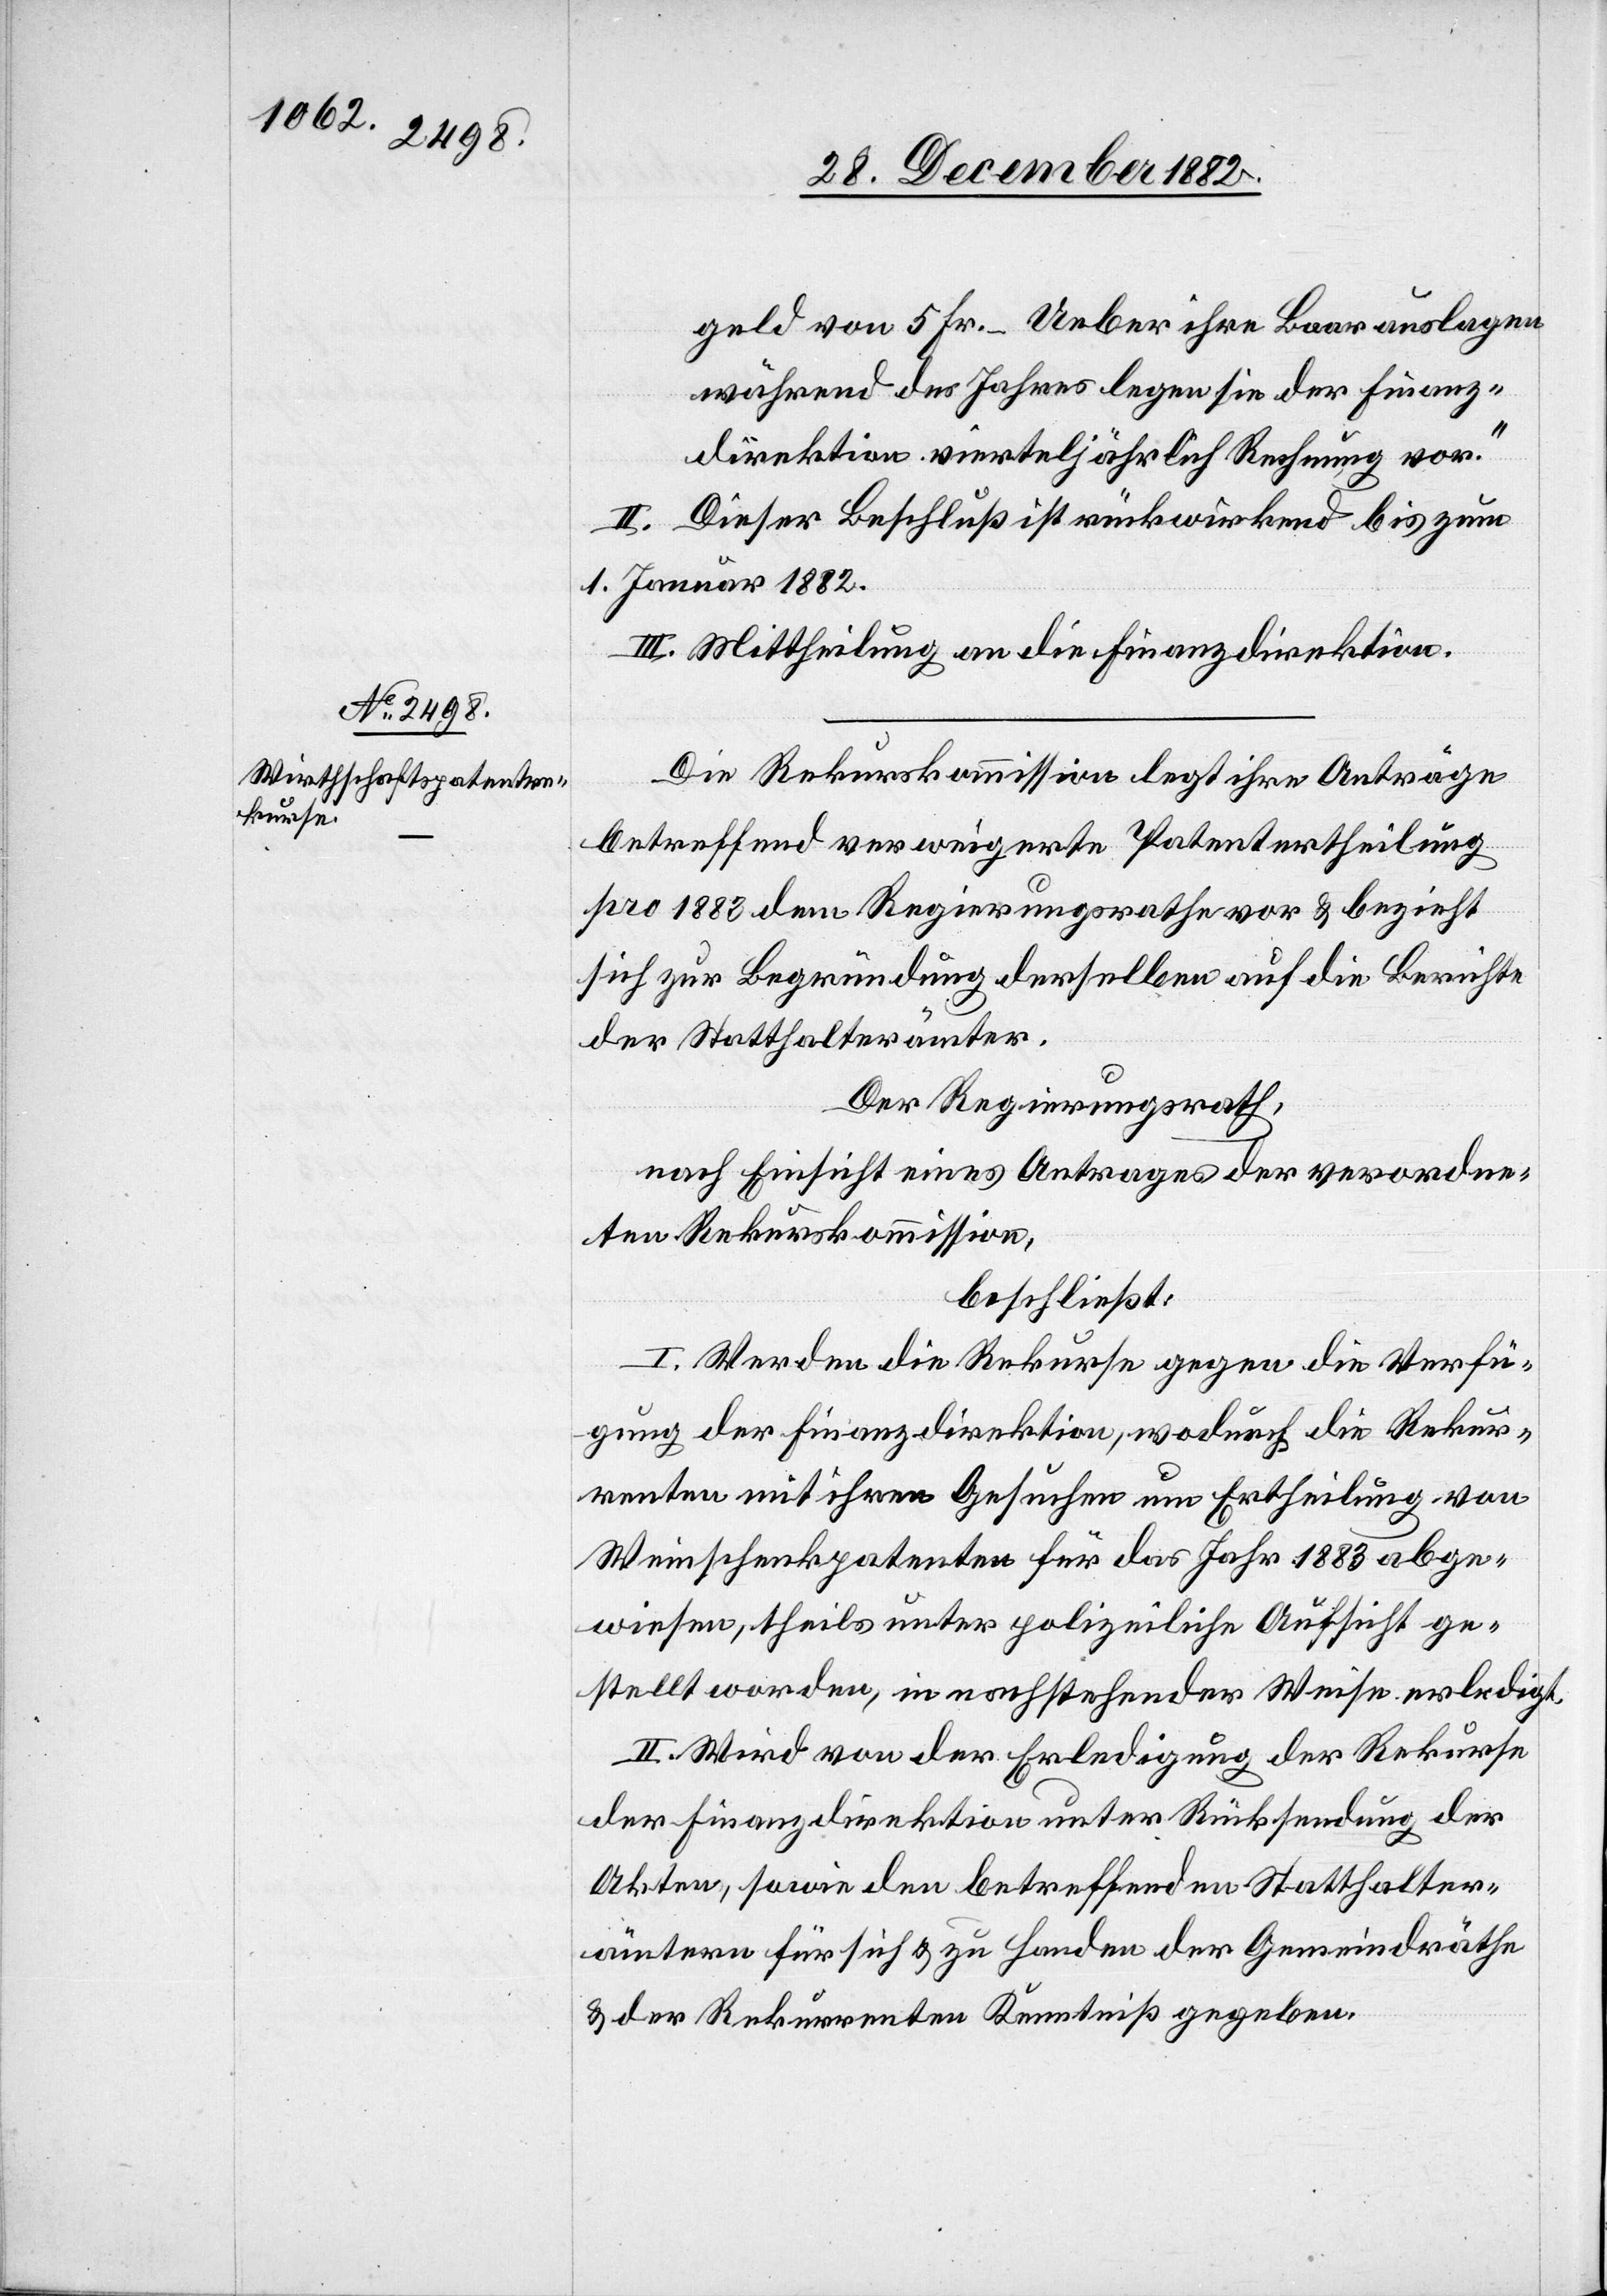
geld von 5 Fr. – Ueber ihre Baarauslagen
während des Jahres legen sie der Finanz¬
direktion vierteljährlich Rechnung vor.“
II. Dieser Beschluß ist rückwirkend bis zum
1. Januar 1882.
III. Mittheilung an die Finanzdirektion.
Die Rekurskommission legt ihre Anträge
betreffend verweigerte Patentertheilung
pro 1883 dem Regierungsrathe vor & bezieht
sich zur Begründung derselben auf die Berichte
der Statthalterämter.
Der Regierungsrath,
nach Einsicht eines Antrages der verordne¬
ten Rekurskommission,
beschließt:
I. Werden die Rekurse gegen die Verfü¬
gung der Finanzdirektion, wodurch die Rekur¬
renten mit ihren Gesuchen um Ertheilung von
Weinschenkpatenten für das Jahr 1883 abge¬
wiesen, theils unter polizeiliche Aufsicht ge¬
stellt worden [sic!], in nachstehender Weise erledigt.
II. Wird von der Erledigung der Rekurse
der Finanzdirektion unter Rücksendung der
Akten, sowie den betreffenden Statthalter¬
ämtern für sich & zu Handen der Gemeindräthe
& der Rekurrenten Kenntniß gegeben.